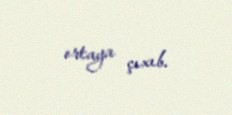
ortaya çıxıb.